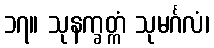
၁၇။ သုနက္ခတ္ကံ သုမင်္ဂလံ၊